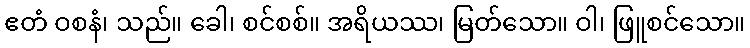
ဧတံ ဝစနံ၊ သည်။ ခေါ၊ စင်စစ်။ အရိယဿ၊ မြတ်သော။ ဝါ၊ ဖြူစင်သော။